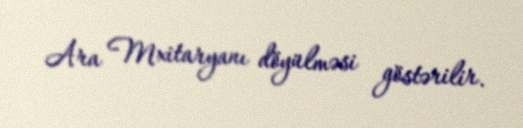
Ara Mxitaryanı döyülməsi göstərilir.